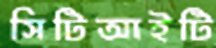
সিটিআইটি